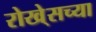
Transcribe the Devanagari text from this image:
रोखे्सच्या